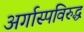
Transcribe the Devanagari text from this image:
अर्गास्पविरुद्ध